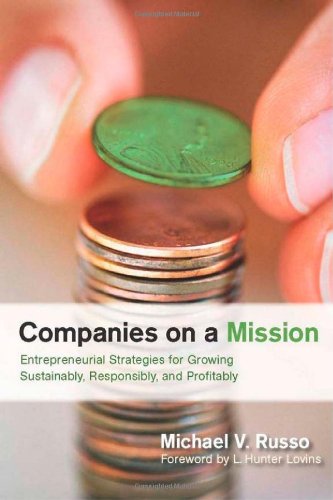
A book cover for Companies on a Mission: Entrepreneurial Strategies for Growing Sustainably, Responsibly, and Profitably; Michael Russo; Business & Money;